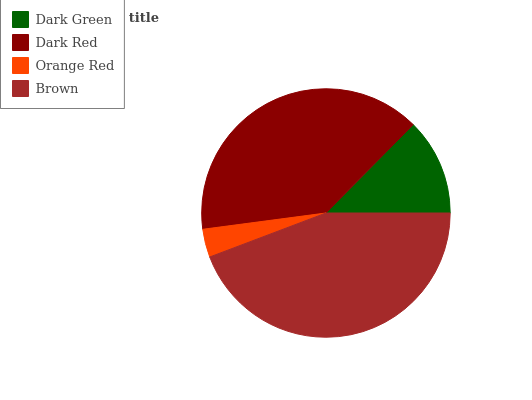
| Dark Green | Dark Red | Orange Red | Brown |
 | --- | --- | --- | --- |
 | 12.6% | 39.5% | 3.66% | 44.3% |